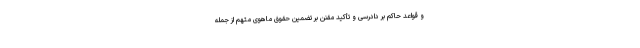
و قواعد حاکم بر دادرسی و تأکید مقنن بر تضمین حقوق ماهوی متهم از جمله